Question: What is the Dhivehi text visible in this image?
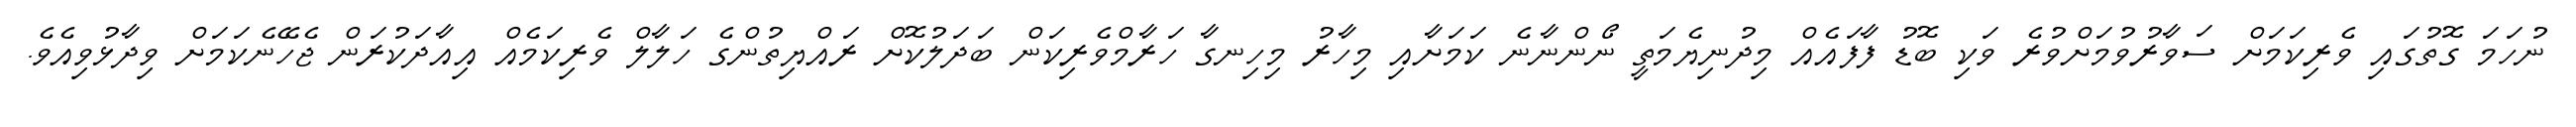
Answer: ނުހަމަ ގޮތުގައި ވެރިކަމަށް ސަވާރުވުމަށްވުރެ ވަކި ބޮޑު ފާފައެއް މިދުނިޔެމަތީ ނޯންނާނެ ކަމަށާއި މިހާރު މިހިނގާ ހަރާމްވެރިކަން ބަދަލުކޮށް ރައްޔިތުންގެ ހަލާލް ވެރިކަމެއް އިއާދަކުރަން ޖެހޭނެކަމަށް ވިދާޅުވިއެވެ.